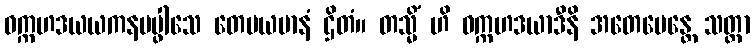
ဝက္ကဟဒယယကနပပ္ဖါသေ တေမယမာနံ ဌိတံ။ တသ္မိံ ဟိ ဝက္ကဟဒယာဒီနိ အတေမေန္တေ သတ္တာ